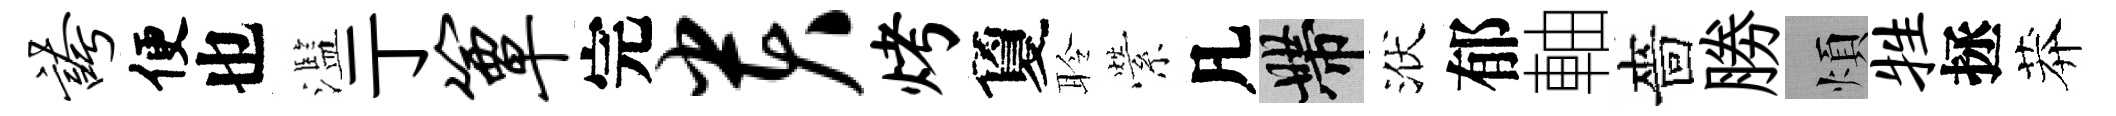
夸便也濫亍簟完贵烤夐聆縈凡帶洑郁軸嗇勝煩牲拯莽